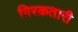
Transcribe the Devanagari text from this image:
गिरक्रतारी